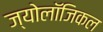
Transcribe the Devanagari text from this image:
ज्योलॉजिकल